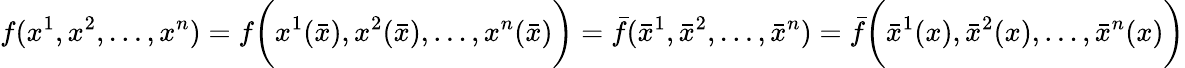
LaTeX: f(x^{1},x^{2},\dots,x^{n})=f{\bigg(}x^{1}({\bar{x}}),x^{2}({\bar{x}}),\dots,x^{n}({\bar{x}}){\bigg)}={\bar{f}}({\bar{x}}^{1},{\bar{x}}^{2},\dots,{\bar{x}}^{n})={\bar{f}}{\bigg(}{\bar{x}}^{1}(x),{\bar{x}}^{2}(x),\dots,{\bar{x}}^{n}(x){\bigg)}